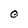
Character: O